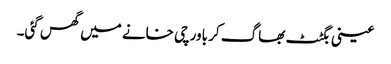
عینی بگٹٹ بھاگ کر باورچی خانے میں گھس گئی۔